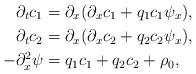
LaTeX: \begin{align*} \partial_t c_1&=\partial_x (\partial_x c_1 + q_1c_1\psi_x ), \\ \partial_t c_2&=\partial_x (\partial_x c_2 + q_2 c_2\psi_x ), \\ -\partial_x^2\psi &= q_1c_1+q_2c_2 +\rho_0,\end{align*}